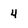
Character: 4